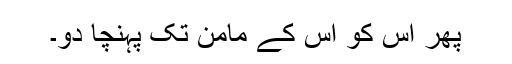
پھر اُس کو اُس کے مامن تک پہنچا دو۔